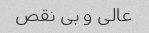
عالی و بی نقص